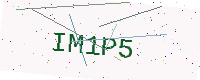
Text: IM1P5